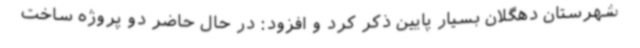
شهرستان دهگلان بسیار پایین ذکر کرد و افزود: در حال حاضر دو پروژه ساخت